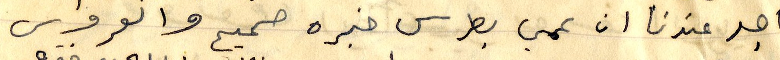
ما جد عندنا ان عمي بطرس خبره صحيح والعروس